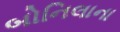
બોનિલાના